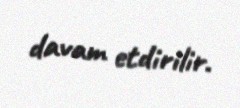
davam etdirilir.